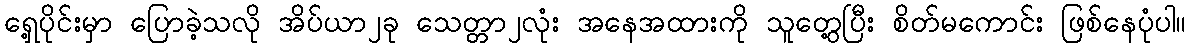
ရှေ့ပိုင်းမှာ ပြောခဲ့သလို အိပ်ယာ၂ခု သေတ္တာ၂လုံး အနေအထားကို သူတွေ့ပြီး စိတ်မကောင်း ဖြစ်နေပုံပါ။